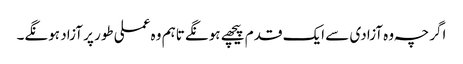
اگرچہ وہ آزادی سے ایک قدم پیچھے ہونگے تاہم وہ عملی طور پر آزاد ہونگے۔